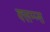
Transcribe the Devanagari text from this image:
क्लम्प्स